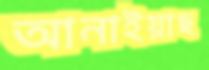
আনাইয়াছ